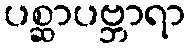
ပစ္ဆာပဗ္ဘာရာ